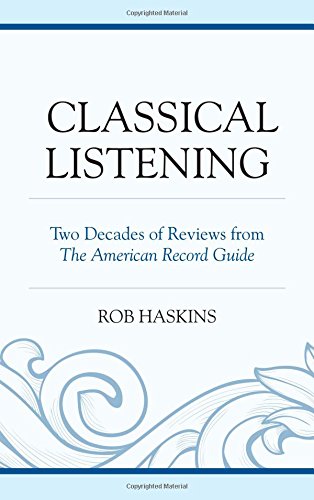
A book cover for Classical Listening: Two Decades of Reviews from The American Record Guide; Rob Haskins; Arts & Photography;